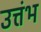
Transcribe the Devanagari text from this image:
उत्तंभ